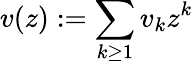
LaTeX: v(z):=\sum_{k\geq 1}v_{k}z^{k}